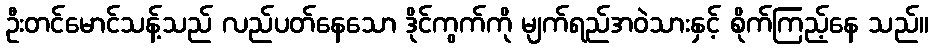
ဦးတင်မောင်သန့်သည် လည်ပတ်နေသော ဒိုင်ကွက်ကို မျက်ရည်အဝဲသားနှင့် စိုက်ကြည့်နေ သည်။